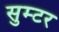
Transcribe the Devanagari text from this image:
सुम्टर